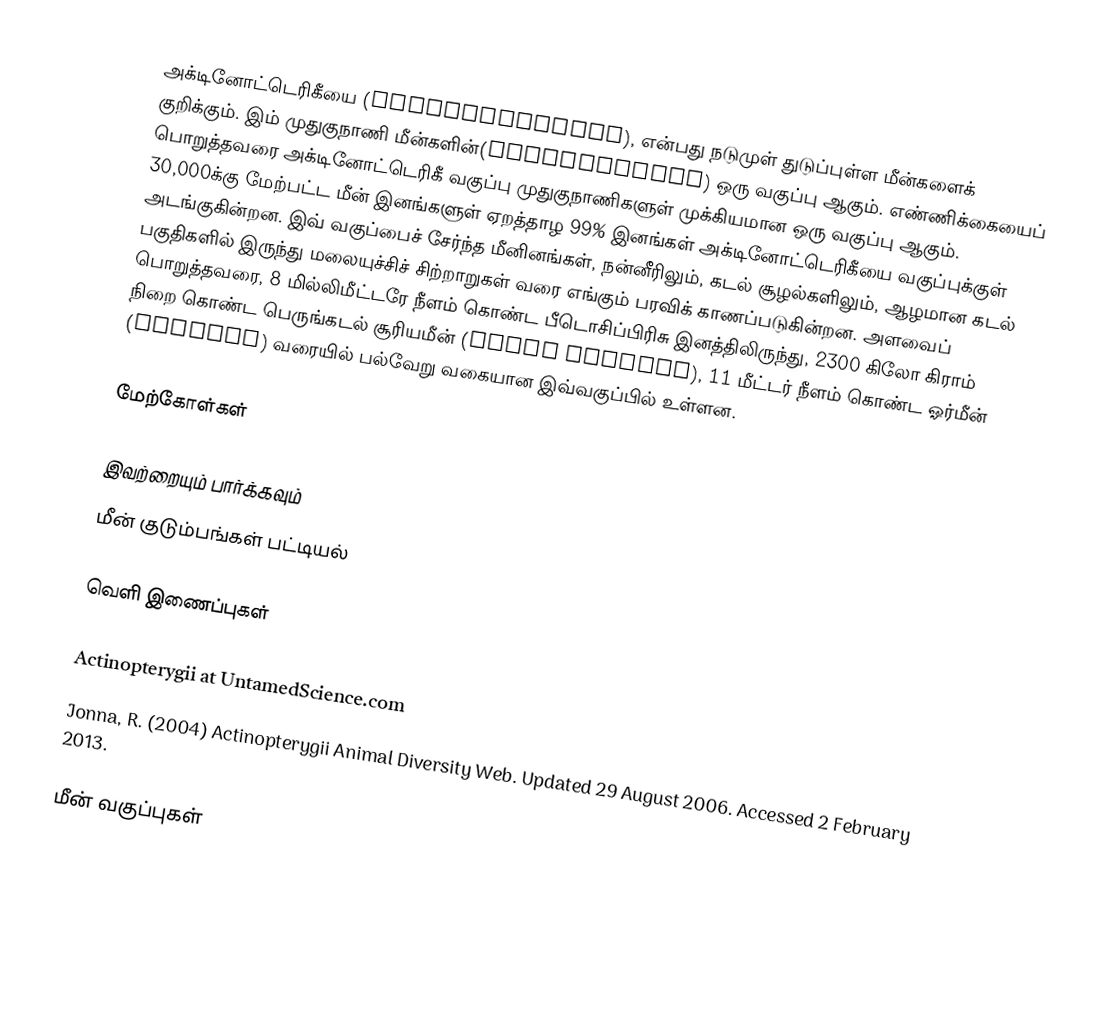
அக்டினோட்டெரிகீயை (Actinopterygii), என்பது நடுமுள் துடுப்புள்ள மீன்களைக் குறிக்கும். இம் முதுகுநாணி மீன்களின்(Osteichthyes) ஒரு வகுப்பு ஆகும். எண்ணிக்கையைப் பொறுத்தவரை அக்டினோட்டெரிகீ வகுப்பு முதுகுநாணிகளுள் முக்கியமான ஒரு வகுப்பு ஆகும். 30,000க்கு மேற்பட்ட மீன் இனங்களுள் ஏறத்தாழ 99% இனங்கள் அக்டினோட்டெரிகீயை வகுப்புக்குள் அடங்குகின்றன. இவ் வகுப்பைச் சேர்ந்த மீனினங்கள், நன்னீரிலும், கடல் சூழல்களிலும், ஆழமான கடல் பகுதிகளில் இருந்து மலையுச்சிச் சிற்றாறுகள் வரை எங்கும் பரவிக் காணப்படுகின்றன. அளவைப் பொறுத்தவரை, 8 மில்லிமீட்டரே நீளம் கொண்ட பீடொசிப்பிரிசு இனத்திலிருந்து, 2300 கிலோ கிராம் நிறை கொண்ட பெருங்கடல் சூரியமீன் (Ocean Sunfish), 11 மீட்டர் நீளம் கொண்ட ஓர்மீன் (Oarfish) வரையில் பல்வேறு வகையான இவ்வகுப்பில் உள்ளன.

மேற்கோள்கள்

இவற்றையும் பார்க்கவும்
 மீன் குடும்பங்கள் பட்டியல்

வெளி இணைப்புகள்

 Actinopterygii at UntamedScience.com
 Jonna, R. (2004) Actinopterygii  Animal Diversity Web. Updated 29 August 2006. Accessed 2 February 2013.

மீன் வகுப்புகள்